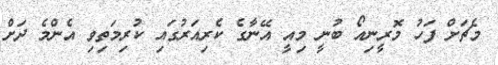
މެޗަށް ފަހު މޮރީނިއޯ ބުނީ މިއީ އޭނާގެ ކެރިއަރުގައި ކުރިމަތިވި އެންމެ ދަށް